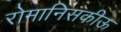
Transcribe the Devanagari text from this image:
रोमानिसकीऊ